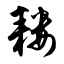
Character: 耧